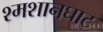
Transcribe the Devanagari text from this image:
श्मशानघाट